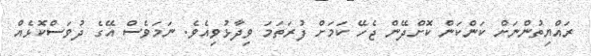
ރައްޔިތުންނަށް ކަންކަން ކޮށްދޭން ޖެހޭ ކަމަށް ފުރަތަމަ ވިދާޅުވިއެވެ. ނަމަވެސް އޭގެ ދުވަސްކޮޅެއް